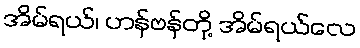
အိမ်ရယ်၊ ဟန်ဗန်တို့ အိမ်ရယ်လေ